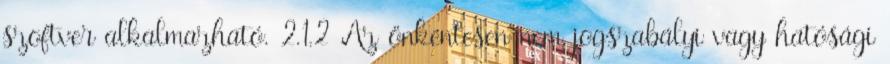
szoftver alkalmazható. 2.1.2 Az önkéntesen nem jogszabályi vagy hatósági